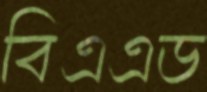
বিএএড